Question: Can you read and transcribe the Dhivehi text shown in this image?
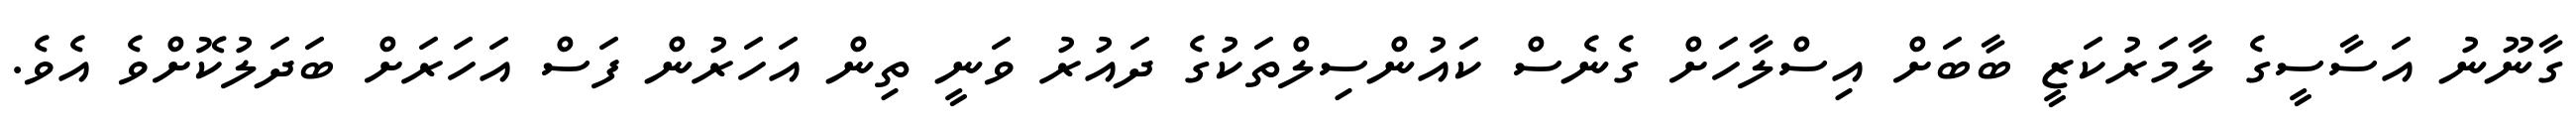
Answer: ގާނޫނު އަސާސީގެ ލާމަރުކަޒީ ބާބަށް އިސްލާހަށް ގެނެސް ކައުންސިލްތަކުގެ ދައުރު ވަނީ ތިން އަހަރުން ފަސް އަހަރަށް ބަދަލުކޮށްވެ އެވެ.